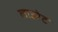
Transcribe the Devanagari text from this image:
लाउरेट